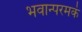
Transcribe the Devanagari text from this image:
भवान्परमकं